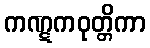
ကဏ္ဋကဝုတ္တိကာ